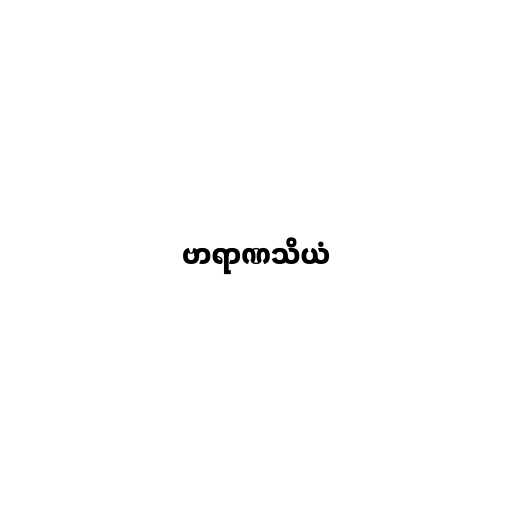
ဗာရာဏသိယံ